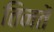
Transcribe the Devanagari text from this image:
तिनतें